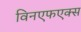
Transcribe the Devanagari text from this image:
विनएफएक्स